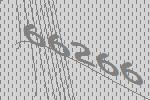
66266